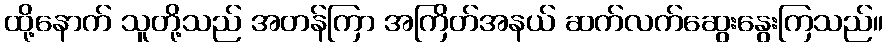
ထို့နောက် သူတို့သည် အတန်ကြာ အကြိတ်အနယ် ဆက်လက်ဆွေးနွေးကြသည်။